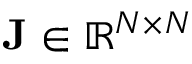
\ensuremath { \mathbf { J } } \in \mathbb { R } ^ { \ensuremath { N } \times \ensuremath { N } }